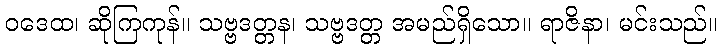
ဝဒေထ၊ ဆိုကြကုန်။ သဗ္ဗဒတ္တန၊ သဗ္ဗဒတ္တ အမည်ရှိသော။ ရာဇိနာ၊ မင်းသည်။